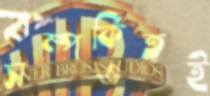
সম্পর্কিতই